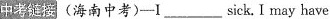
中考链接(海南中考)——I___sick. I may have